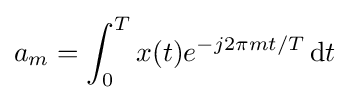
a_{m}=\int _{0}^{T}x(t)e^{-j2\pi mt/T}\,\mathrm {d} t